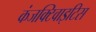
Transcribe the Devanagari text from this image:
कंजक्टिवाइटिस